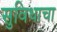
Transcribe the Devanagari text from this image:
सुविधाचा